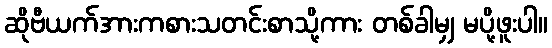
ဆိုဗီယက်အားကစားသတင်းစာသို့ကား တစ်ခါမျှ မပို့ဖူးပါ။